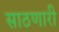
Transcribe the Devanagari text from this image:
साठणारी